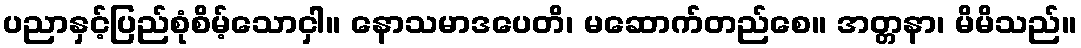
ပညာနှင့်ပြည်စုံစိမ့်သောငှါ။ နောသမာဒပေတိ၊ မဆောက်တည်စေ။ အတ္တနာ၊ မိမိသည်။